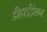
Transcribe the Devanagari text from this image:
डीहाईड्रेशन